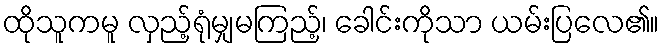
ထိုသူကမူ လှည့်ရုံမျှမကြည့်၊ ခေါင်းကိုသာ ယမ်းပြလေ၏။